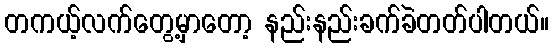
တကယ့်လက်တွေ့မှာတော့ နည်းနည်းခက်ခဲတတ်ပါတယ်။